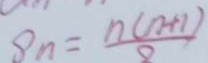
S _ { n } = \frac { n ( n + 1 ) } { 8 }